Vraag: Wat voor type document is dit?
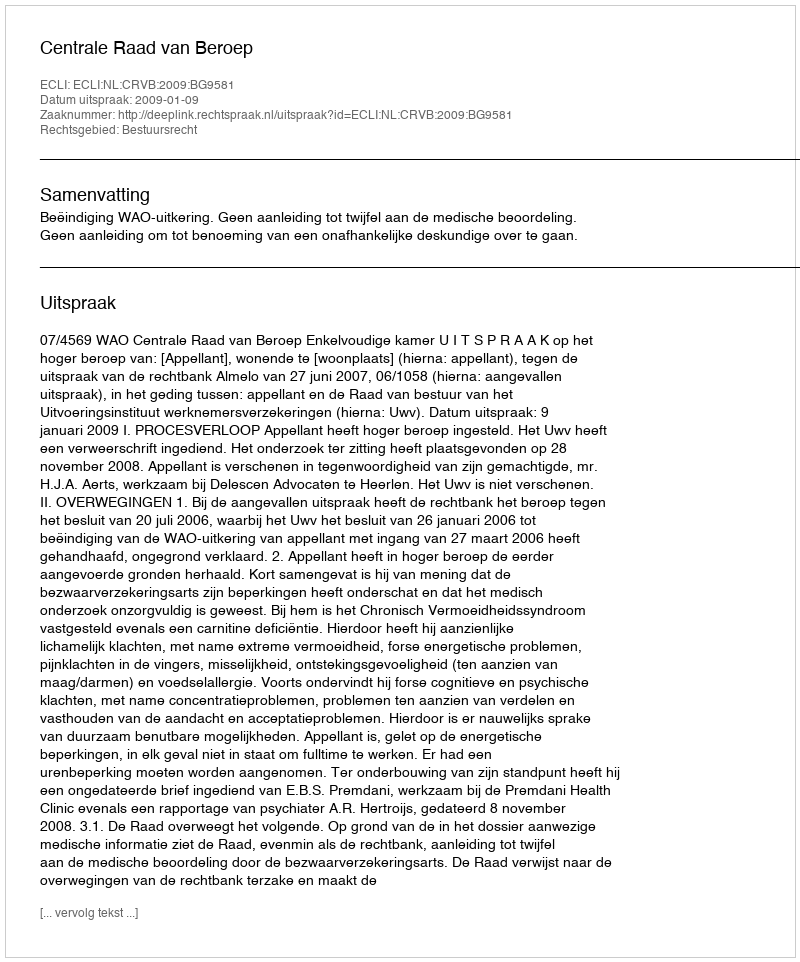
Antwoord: Uitspraak